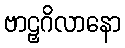
ဗာဠှဂိလာနော